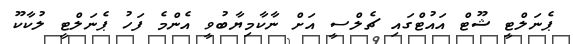
ޕެނަލްޓީ ޝޫޓް އައުޓްގައި ޗެލްސީ އަށް ނާކާމިޔާބުވީ އެންމެ ފަހު ޕެނަލްޓީ ލުކާކޫ